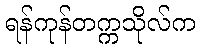
ရန်ကုန်တက္ကသိုလ်က